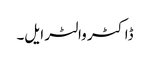
ڈاکٹر والٹر ایل۔